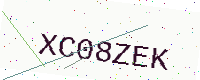
Text: XC08ZEK